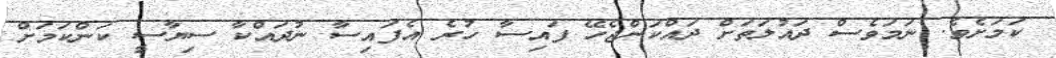
ކަމަށެވެ. ނަމަވެސް ދައުލަތަށް ދައްކަންޖެހޭ ފައިސާ ހުރެ އެފައިސާ ނުދައްކާ ސިޔާސީ ކަންކަމަށް